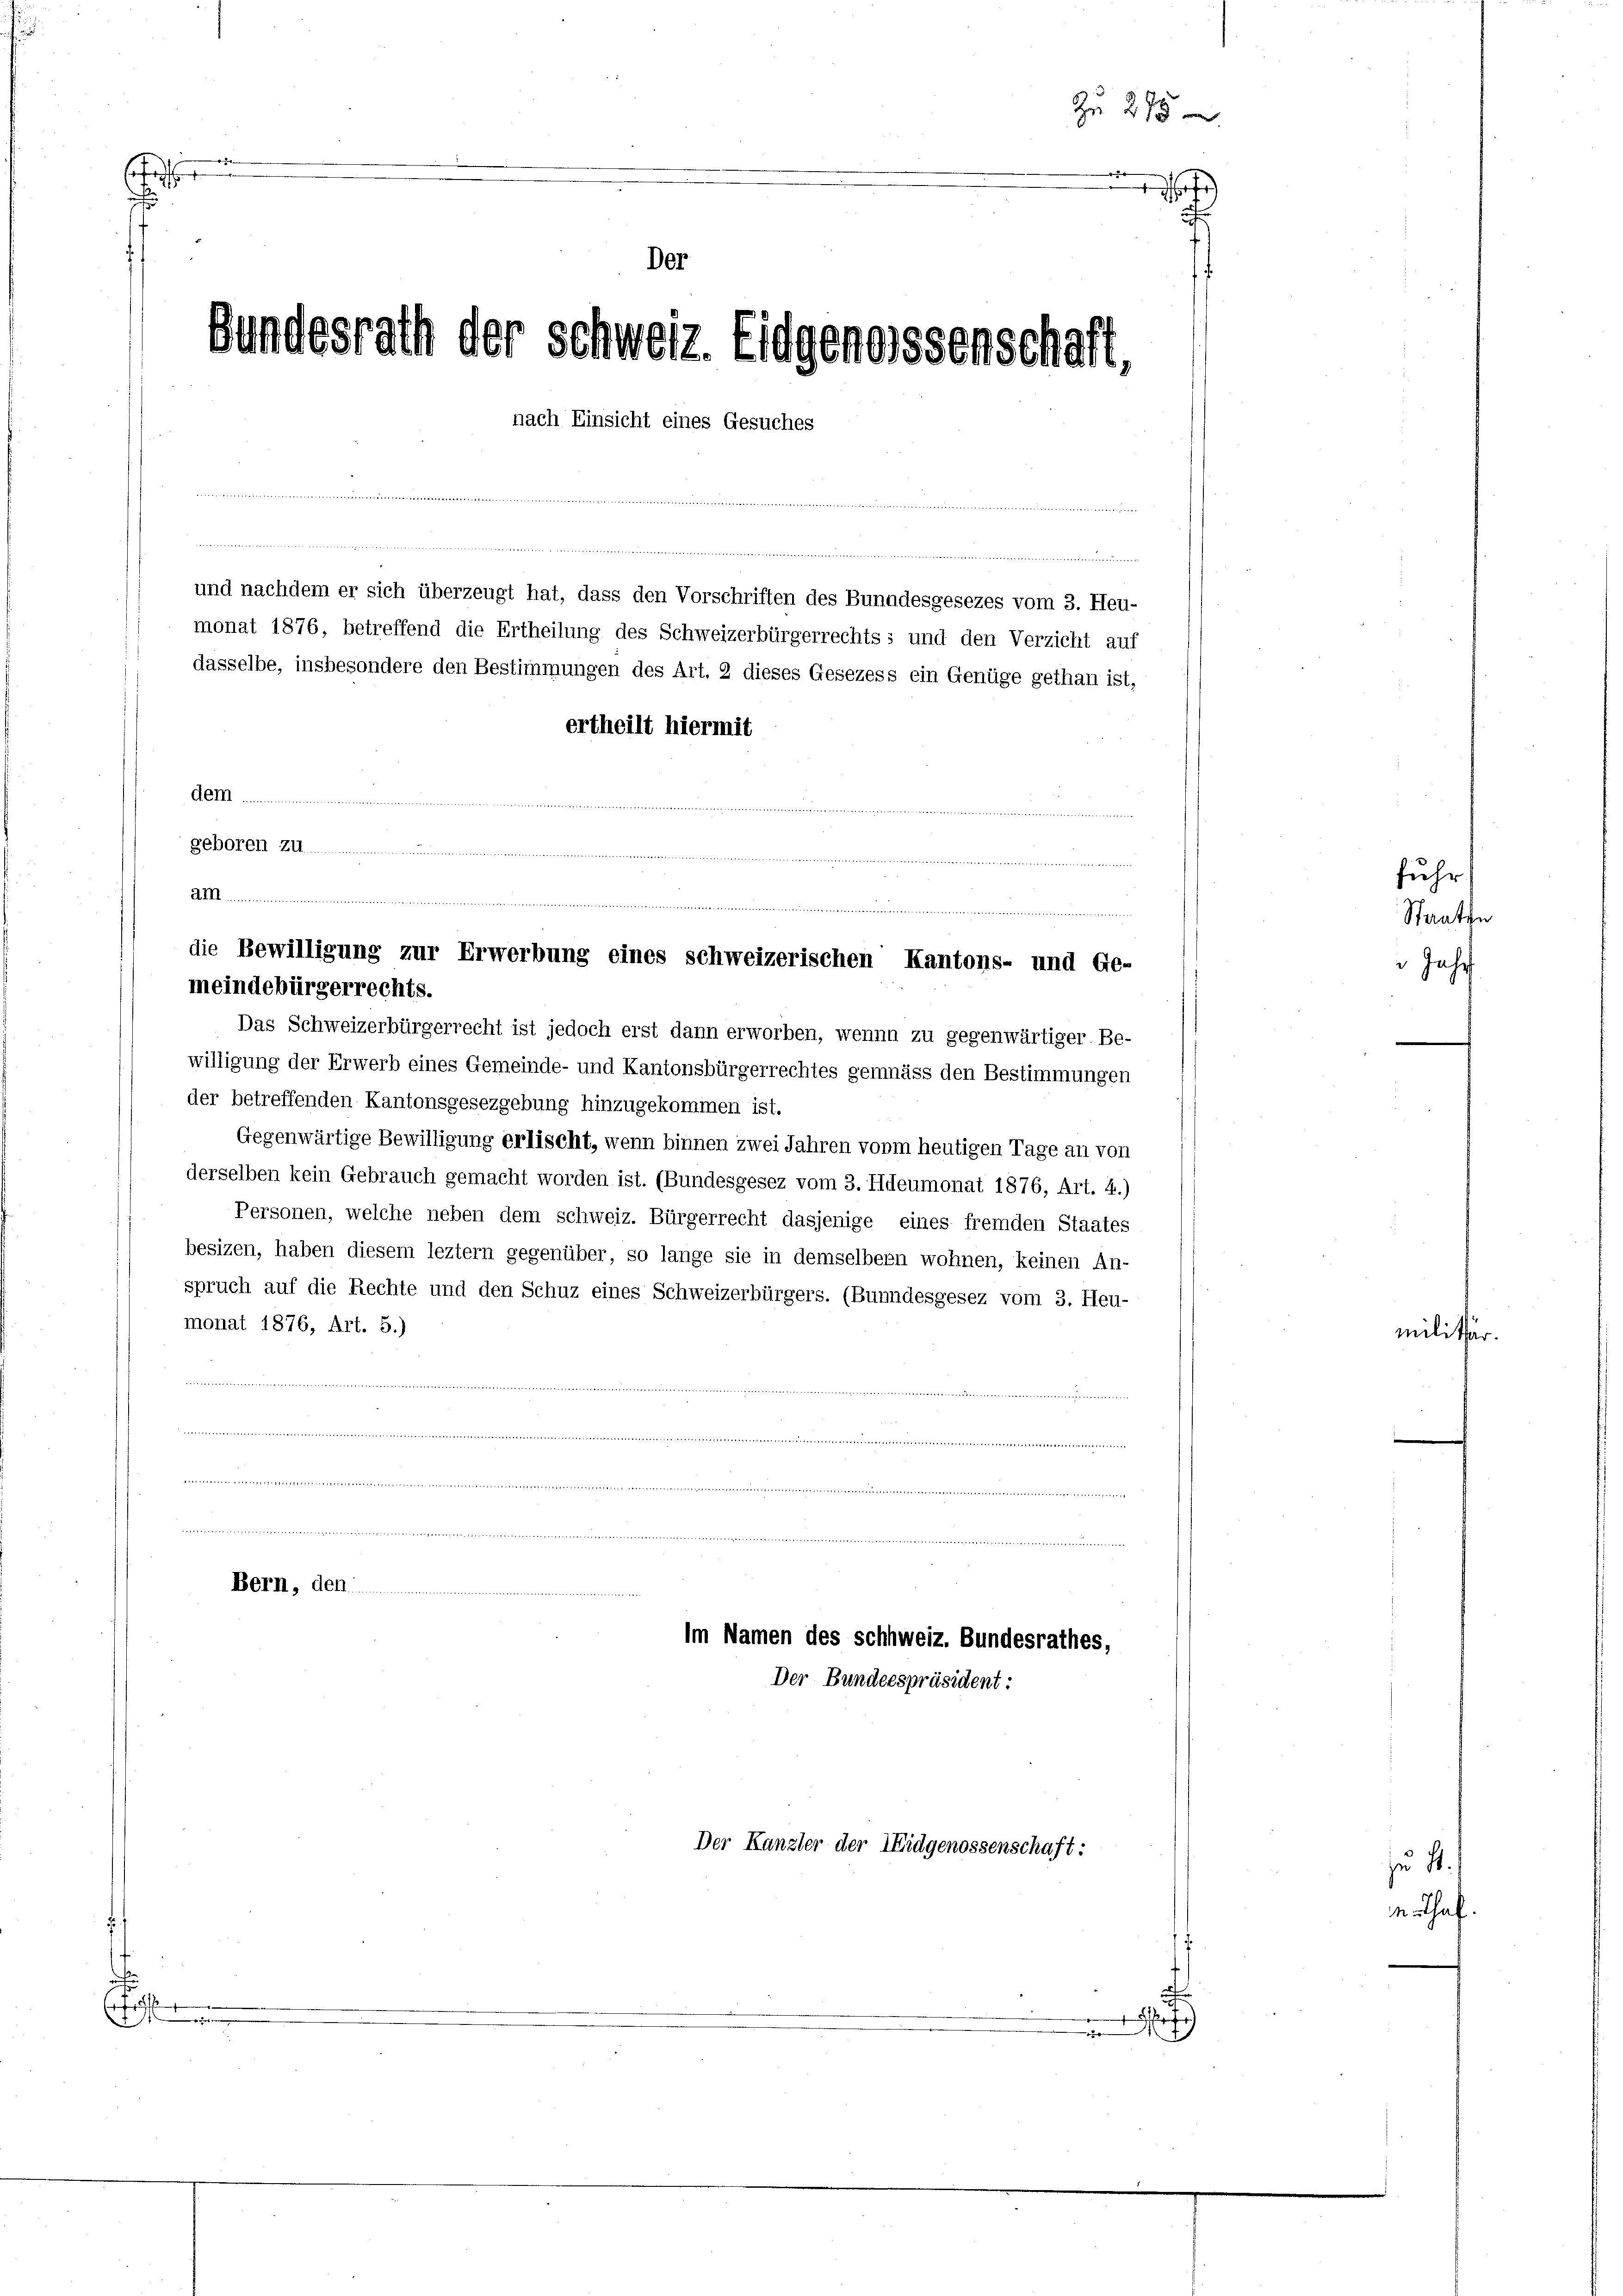
Zu 275
E
d
Der

Bund

und nachdem er sich überzeugt hat, dass den Vorschriften des Bunndesgesezes vom 3. Heu-
monat 1876, betreffend die Ertheilung des Schweizerbürgerrechts: und den Verzicht auf
dasselbe, insbesondere den Bestimmungen des Art. 2 dieses Gesezess ein Genüge gethan ist,

.
(fo

de....
geboren zu

am.
g
die Bewilligung zur Erwerbung eines schweizerischen Kantons- und Ge-
meindebürgerrechts.

Bern, den

ath der Schweiz. Eidgenossenschaft,
nach Einsicht eines Gesuches

ertheilt hiermit

Das Schweizerbürgerrecht ist jedoch erst dann erworben, wennn zu gegenwärtiger. Be-
willigung der Erwerb eines Gemeinde- und Kantonsbürgerrechtes gemäss den Bestimmungen
der betreffenden Kantonsgesezgebung hinzugekommen ist.
Gegenwärtige Bewilligung erlischt, wenn binnen zwei Jahren vonm heutigen Tage an von
derselben kein Gebrauch gemacht worden ist. (Bundesgesez vom 3. Heumonat 1876, Art. 4.)
Personen, welche neben dem schweiz. Bürgerrecht dasjenige eines fremden Staates
besizen, haben diesem leztem gegenüber, so lange sie in demselbenn wohnen, keinen An-
spruch auf die Rechte und den Schuz eines Schweizerbürgers. (Bunndesgesez vom 3. Heu-
monat 1876, Art. 5.)

Im Namen des Schhweiz. Bundesrathes,

Der Bundeespräsident:
Der Kanzler der Eidgenossenschaft:

i
e
.

fuhr
Staaten
Jahr

militär.

zu St.
n. Schaf